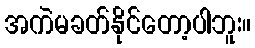
အကဲမခတ်နိုင်တော့ပါဘူး။